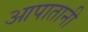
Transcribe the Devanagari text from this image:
आपातानी